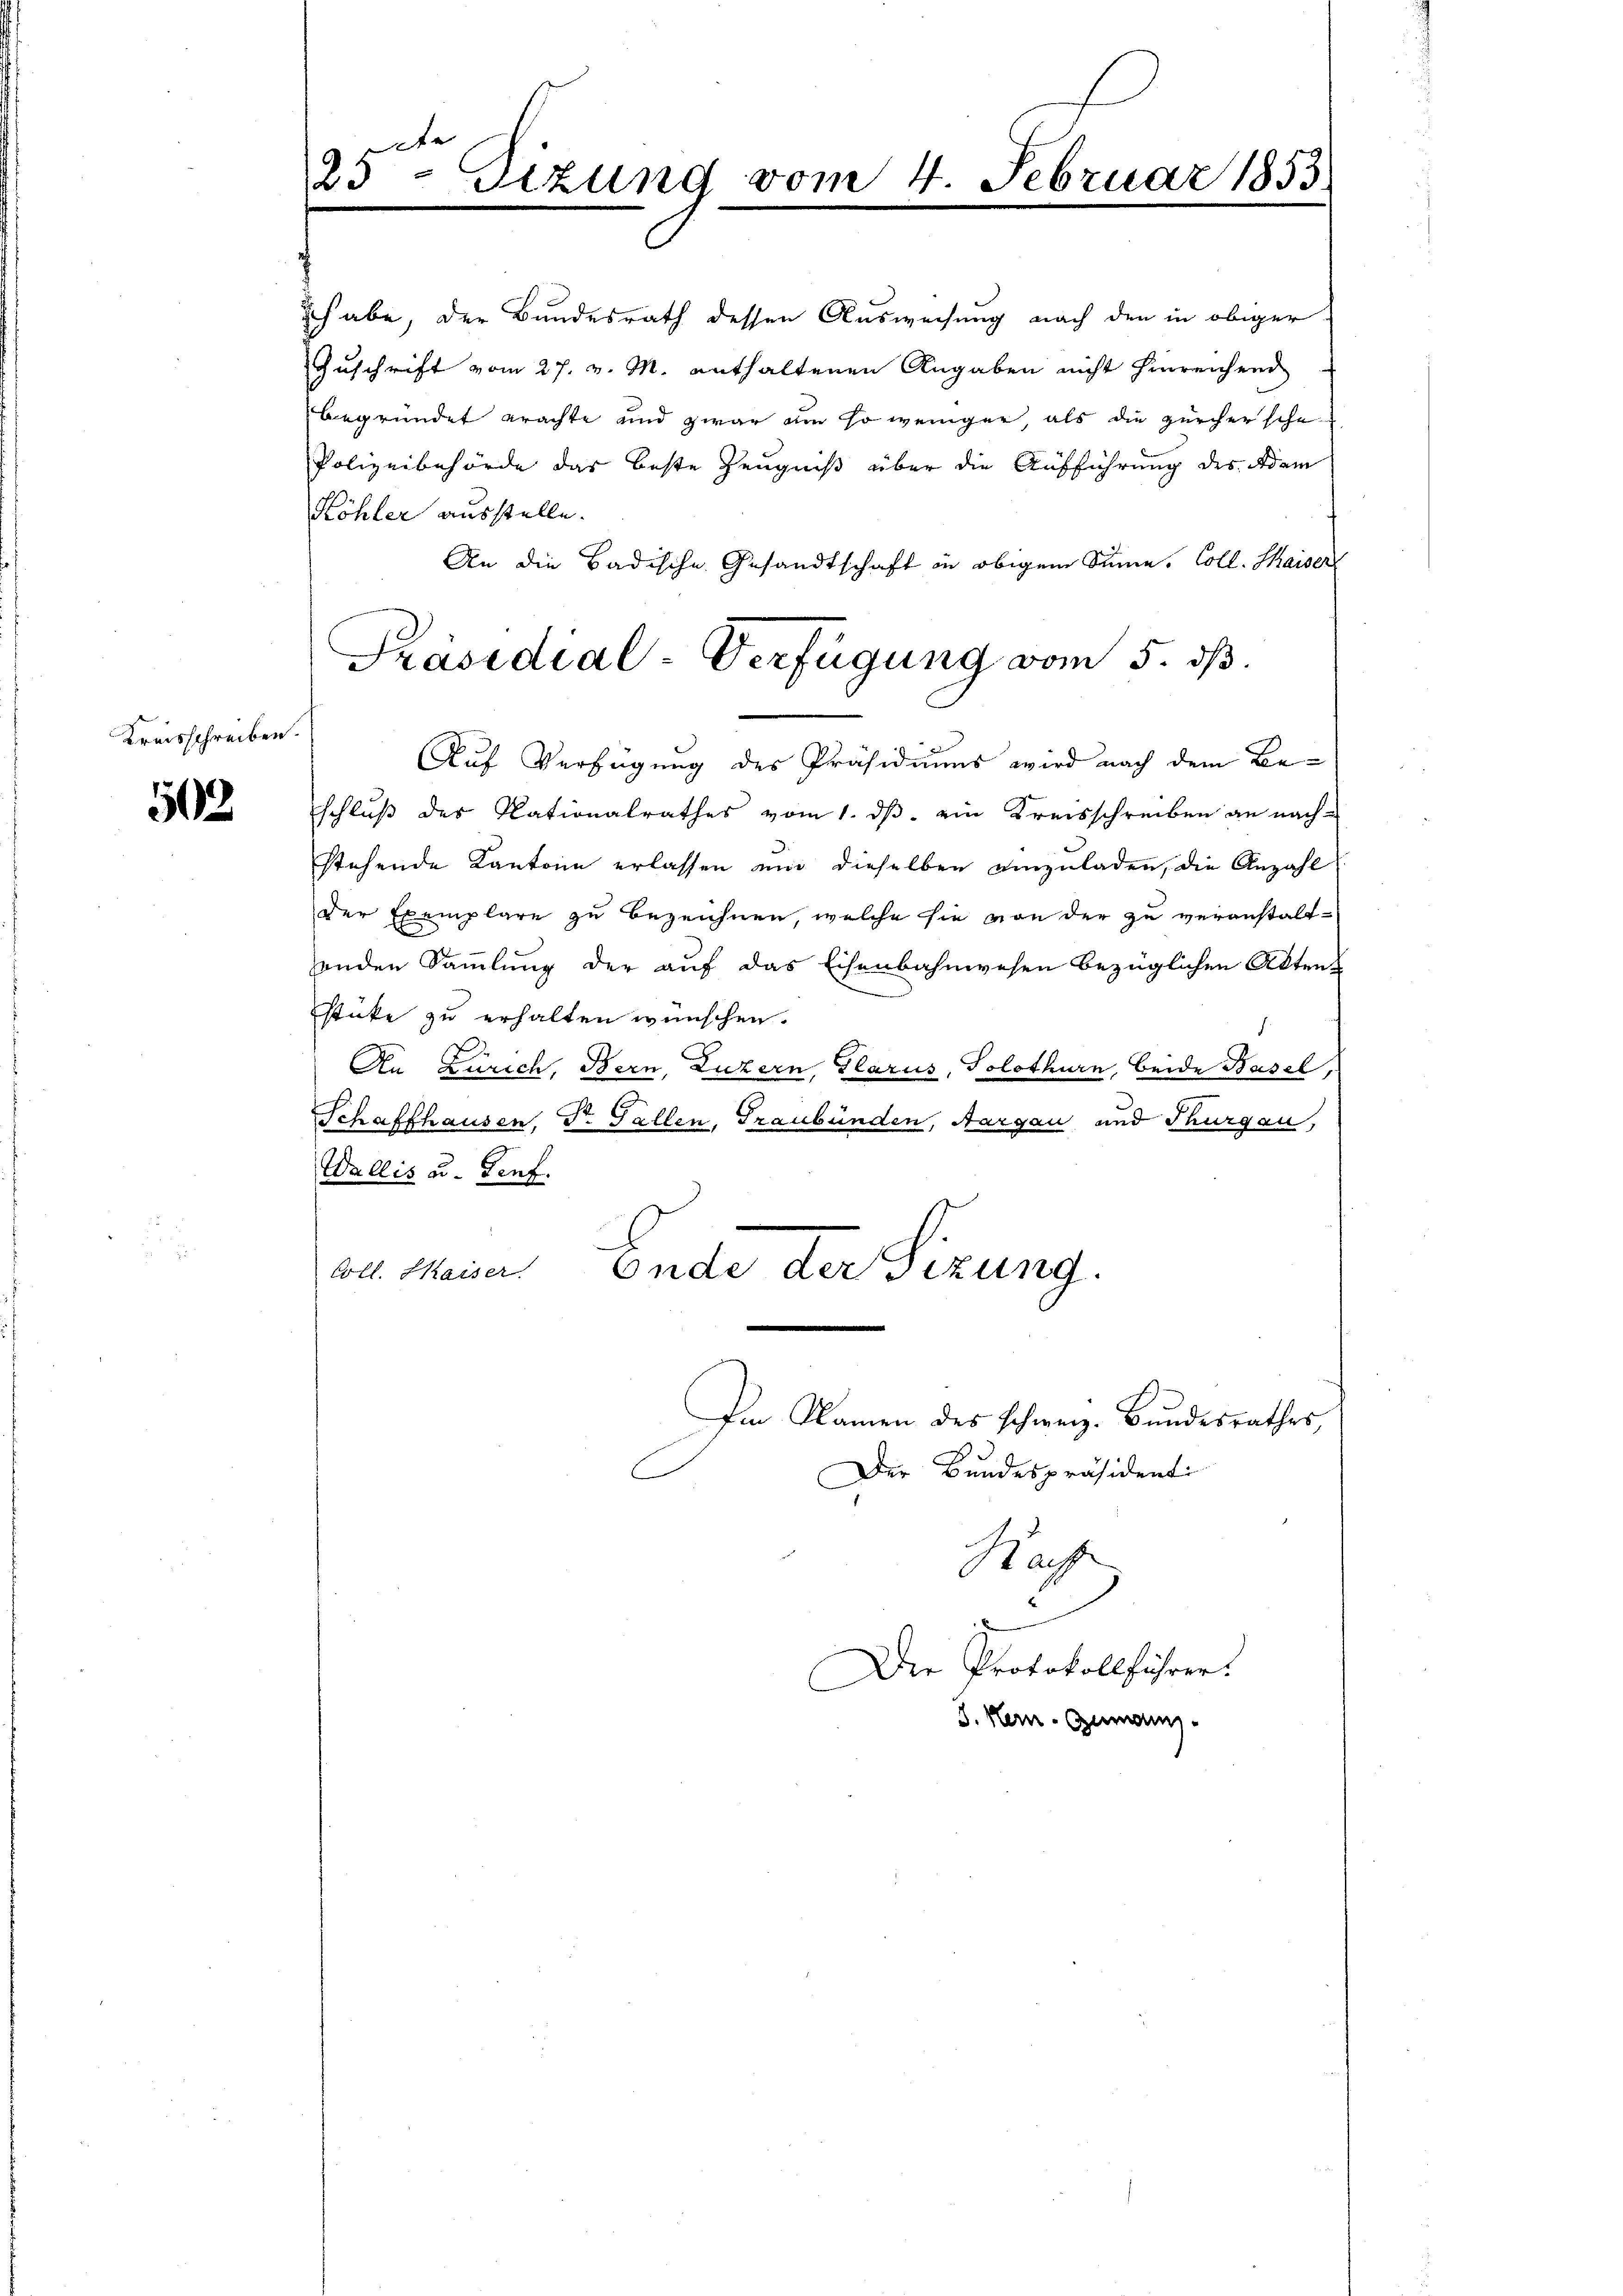
Kreisschreiben.

502

25ten Sizung vom 4. Februar 1853

ich abe, der Bundesrath dessen Ausweisung nach den in obiger
Zuschrift vom 27. v. M. enthaltenen Angaben nicht hinreichend
begründet erachte und zwar um so weniger, als die zürchersche
Polizeibehörde das beste Zeugniß über die Aufführung des Adam
Köhler ausstelle.
An die Badische Gesandtschaft in obigem Sinne. Coll. Maiser
Auf Verfügung des Präsidiums wird nach dem Beschluß des Nationalrathes vom 1. ds. ein Kreisschreiben an nach-
stehende Kantone erlassen und dieselben einzuladen, die Anzahl
der Exemplare zu bezeichnen, welche sie von der zu veranstalt-
enden Sammlung der auf das Eisenbahnwesen bezüglichen Akten
stüke zu erhalten wünschen.
An Zürich, Bern, Luzern, Glarus, Solothurn, beide Basel,
Schaffhausen, Dr. Gallen, Graubünden, Aargau und Thurgau,
Wallis u. Genf.
Ende der Sizung.
Coll. Kaiser
Im Namen des schweiz. Bundesrathes,
Der Bundespräsidenti
Raf
d
Der Protokollführer.
J. Kern-Gumanns

Präsidial-Verfügung vom 5. dß.